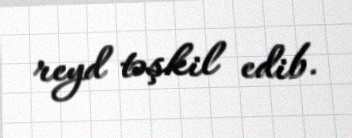
reyd təşkil edib.